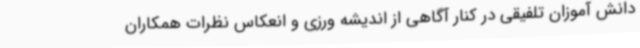
دانش آموزان تلفیقی در کنار آگاهی از اندیشه ورزی و انعکاس نظرات همکاران